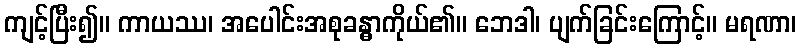
ကျင့်ပြီး၍။ ကာယဿ၊ အပေါင်းအစုခန္ဓာကိုယ်၏။ ဘေဒါ၊ ပျက်ခြင်းကြောင့်။ မရဏာ၊